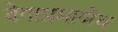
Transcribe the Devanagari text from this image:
वेगाप्रमाणेच